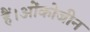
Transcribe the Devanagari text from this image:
हैं।ओंकोजीन